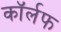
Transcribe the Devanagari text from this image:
कॉर्लफ